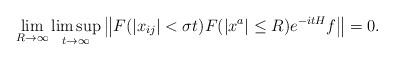
LaTeX: \begin{align*}\lim_{R\to\infty}\limsup_{t\to\infty}\left\Vert F(|x_{ij}|< \sigma t)F(|x^a|\le R)e^{-itH}f\right\Vert=0.\end{align*}